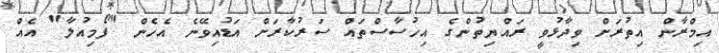
އިމްރާން އިތުރަށް ވިދާޅުވީ ރައްޔިތުންގެ އިހުސާސްތައް ސަރުކާރަށް އަޑުއިވޭނެ އެހެން "ފޯމިއުލާ" އެއް